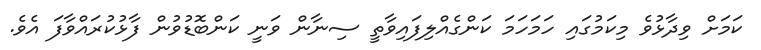
ކަމަށް ވިދާޅުވެ މިކަމުގައި ހަމަހަމަ ކަންގެއްލިފައިވާތީ ސިނާން ވަނީ ކަންބޮޑުވުން ފާޅުކުރައްވާފަ އެވެ.